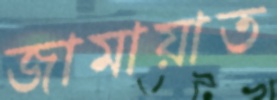
জামায়াত